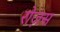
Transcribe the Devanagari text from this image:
रोज़स